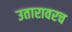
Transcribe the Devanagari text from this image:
उतारावरच